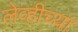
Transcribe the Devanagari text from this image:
लेव्हीच्या